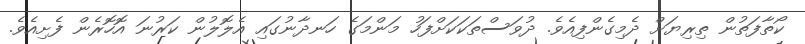
ކޯތާފަތުން ތިރިޔަށް ދެމިގެންފިއެވެ. ދުވަސްތަކަކަށްފަހު މަންމަގެ ހަނދާނުގައި އެލޮލުން ކަރުނަ އޮހޮރެން ފެށިއެވެ.